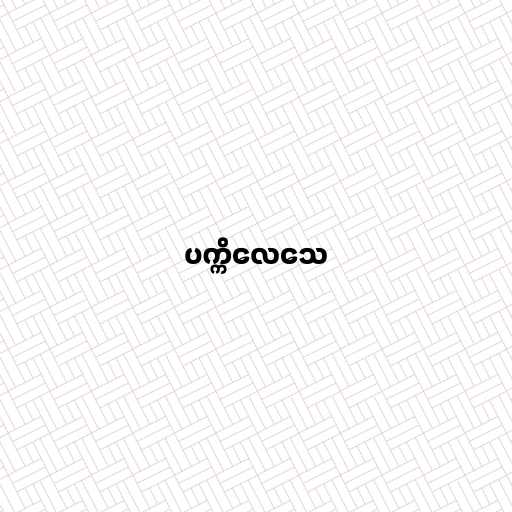
ပက္ကိလေသေ